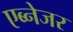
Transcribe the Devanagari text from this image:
एब्नेजर